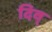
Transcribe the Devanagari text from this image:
दिव्‌